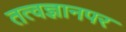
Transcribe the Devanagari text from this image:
तत्वज्ञानपर